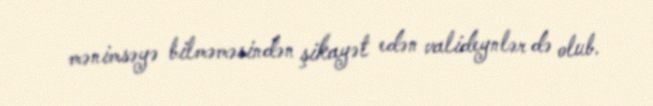
mənimsəyə bilməməsindən şikayət edən valideynlər də olub.